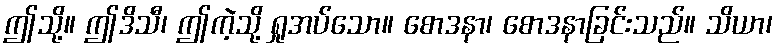
ဤသို့။ ဤဒိသီ၊ ဤကဲ့သို့ ရှုအပ်သော။ စောဒနာ၊ စောဒနာခြင်းသည်။ သိယာ၊